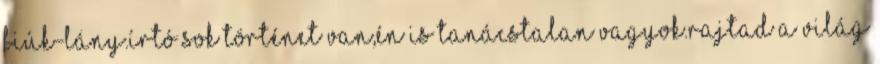
fiúk-lány.Írtó sok történet van,én is tanácstalan vagyok.Rajtad a világ